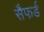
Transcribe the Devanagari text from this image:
सैफर्ड